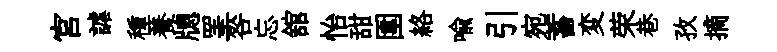
宮謔種養牕罣咎忘舘怡甜圍絡喻引宛蓄変荣巷孜摘